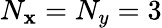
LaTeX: N_{\mathbf{x}}=N_{y}=3